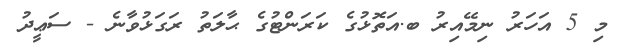
މި 5 އަހަރު ނިމޭއިރު ބ.އަތޮޅުގެ ކަރަންޓުގެ ޙާލަތު ރަގަޅުވާނެ - ސަޢީދު